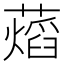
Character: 𧀜